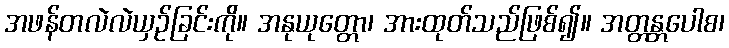
အဖန်တလဲလဲယှဉ်ခြင်းကို။ အနုယုတ္တော၊ အားထုတ်သည်ဖြစ်၍။ အတ္တန္တပေါစ၊